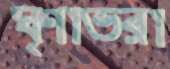
ঘৃণাভরা